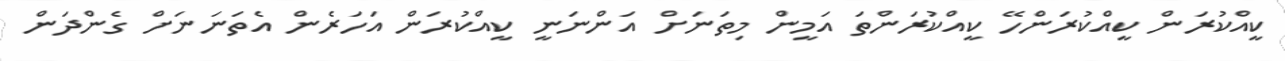
ކީއްކުރަން ކީއްކުރަންހޭ ކީއްކުރަންތަ އަމީން މިތަނަށް އަންނަނީ ކީއްކުރަން އަހަރެން އެތަނަނަށް ގެންދަން